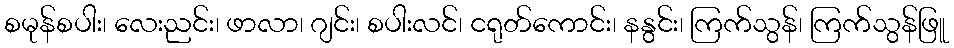
စမုန်စပါး၊ လေးညင်း၊ ဖာလာ၊ ဂျင်း၊ စပါးလင်၊ ငရုတ်ကောင်း၊ နနွင်း၊ ကြက်သွန်၊ ကြက်သွန်ဖြူ